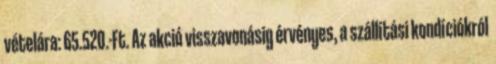
vételára: 65.520.-Ft. Az akció visszavonásig érvényes, a szállítási kondíciókról